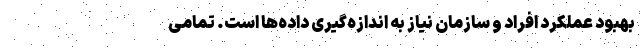
بهبود عملکرد افراد و سازمان نیاز به اندازه‌گیری داده‌ها است. تمامی